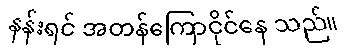
နန်းရင် အတန်ကြောငိုင်နေ သည်။